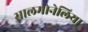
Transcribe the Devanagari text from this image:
सालमोनेलिया